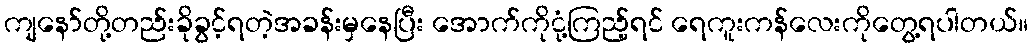
ကျနော်တို့တည်းခိုခွင့်ရတဲ့အခန်းမှနေပြီး အောက်ကိုငုံ့ကြည့်ရင် ရေကူးကန်လေးကိုတွေ့ရပါတယ်။